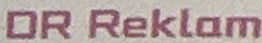
DR Reklam